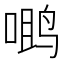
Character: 𮹖